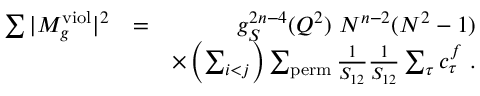
\begin{array} { r l r } { \sum \vert M _ { g } ^ { \mathrm { v i o l } } \vert ^ { 2 } } & { = } & { g _ { S } ^ { 2 n - 4 } ( Q ^ { 2 } ) ~ N ^ { n - 2 } ( N ^ { 2 } - 1 ) } \\ & { } & { \times \left( \sum _ { i < j } \right) \sum _ { \mathrm { p e r m } } \frac { 1 } { S _ { 1 2 } } \frac { 1 } { S _ { 1 2 } } \sum _ { \tau } c _ { \tau } ^ { f } ~ . } \end{array}